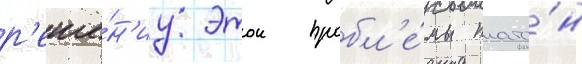
р'еше́н'иу этои пробл'е́мы плато́н